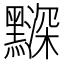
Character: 𪒗